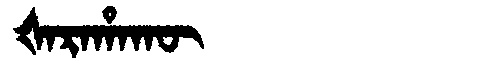
Manchu: ᡧᠠᡵᠠᡥᠠᡴᡡ
Romanization: ŠARAHAKŪ